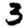
Digit: 3